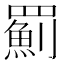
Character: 𦌥